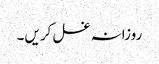
روزانہ غسل کریں۔